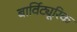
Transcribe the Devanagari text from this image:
बार्विट्यूरिक